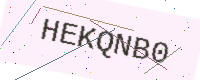
Text: HEKQNB0